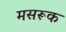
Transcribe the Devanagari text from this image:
मसरूक